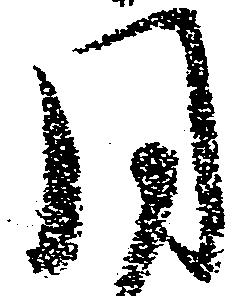
同